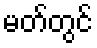
မတ်တွင်